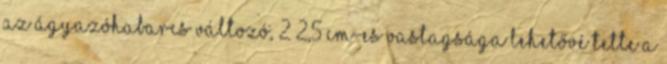
az ágyazóhabarcs változó, 2–2,5 cm-es vastagsága lehetővé tette a